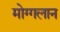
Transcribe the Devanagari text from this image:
मोग्गलान